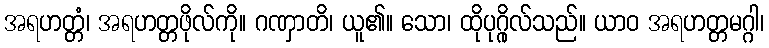
အရဟတ္တံ၊ အရဟတ္တဖိုလ်ကို။ ဂဏှာတိ၊ ယူ၏။ သော၊ ထိုပုဂ္ဂိုလ်သည်။ ယာဝ အရဟတ္တမဂ္ဂါ၊